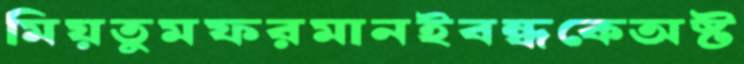
মিয়তুমফরমানইবন্ধকেঅষ্ট